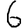
Digit: 6